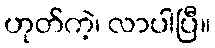
ဟုတ်ကဲ့၊ လာပါပြီ။